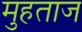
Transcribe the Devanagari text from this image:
मुहताज